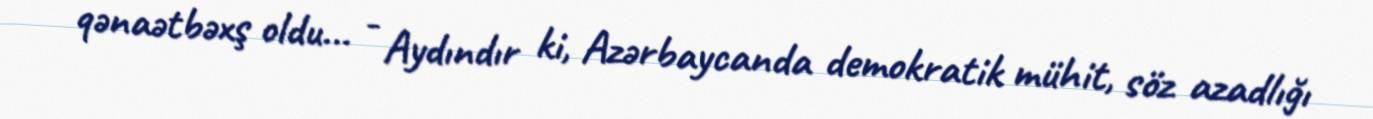
qənaətbəxş oldu... - Aydındır ki, Azərbaycanda demokratik mühit, söz azadlığı